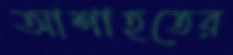
আশাহতের